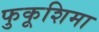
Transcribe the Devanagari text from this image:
फुकूशिमा